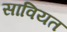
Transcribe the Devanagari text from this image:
सावियत